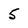
Character: 5